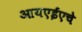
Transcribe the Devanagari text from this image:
आयएईएचे